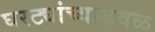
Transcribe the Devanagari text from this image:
घरट्यांच्याजवळ